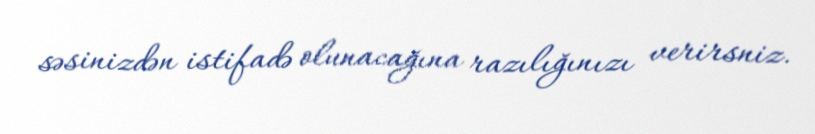
səsinizdən istifadə olunacağına razılığınızı verirsniz.